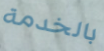
بالخدمة